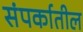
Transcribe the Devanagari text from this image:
संपर्कातील